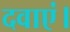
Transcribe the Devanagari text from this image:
दवाएं।